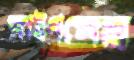
স্নাইপসের